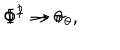
LaTeX: \Phi ^ { 1 } \rightarrow \theta \hspace { 1 . 2 i n } \Phi ^ { 2 } \rightarrow \pi _ { \theta } , \nonumber